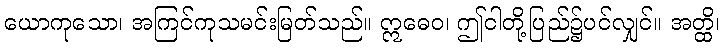
ယောကုသော၊ အကြင်ကုသမင်းမြတ်သည်။ ဣဓေဝ၊ ဤငါတို့ပြည်၌ပင်လျှင်။ အတ္ထိ၊